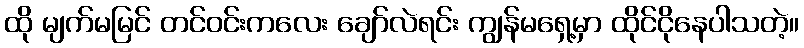
ထို မျက်မမြင် တင်ဝင်းကလေး ချော်လဲရင်း ကျွန်မရှေ့မှာ ထိုင်ငိုနေပါသတဲ့။